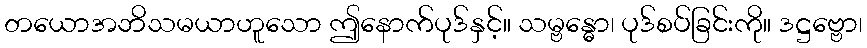
တယောအဘိသမယာဟူသော ဤနောက်ပုဒ်နှင့်။ သမ္ဗန္ဓော၊ ပုဒ်စပ်ခြင်းကို။ ဒဋ္ဌဗ္ဗော၊